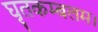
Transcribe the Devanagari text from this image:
घृतकम्बलम।